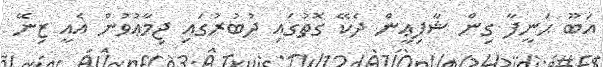
އަބޫ ޙަނީފާ ގިން ޝާފިޢީން ދެކޭ ގޮތުގައި ދުބުރުގައި ޖިމާޢުވުން އެއީ ޒިނޭ